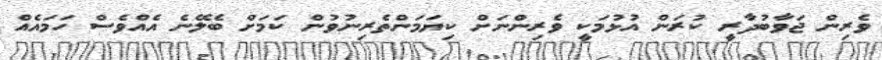
ވެރިން ޖަވާބުދާރީ ކުރަން އުޅުމަކީ ވެރިންނަށް ކިޔަމަންތެރިނުވުން ކަމަށް ބެލޭނެ އެއްވެސް ހަމައެއް